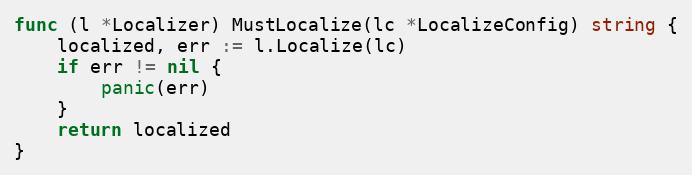
Language: Go
func (l *Localizer) MustLocalize(lc *LocalizeConfig) string {
	localized, err := l.Localize(lc)
	if err != nil {
		panic(err)
	}
	return localized
}